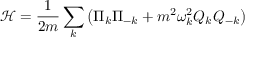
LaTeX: { \mathcal { H } } = { \frac { 1 } { 2 m } } \sum _ { k } \left( \Pi _ { k } \Pi _ { - k } + m ^ { 2 } \omega _ { k } ^ { 2 } Q _ { k } Q _ { - k } \right)